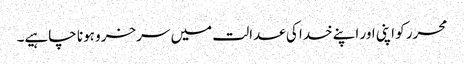
محرر کو اپنی اور اپنے خدا کی عدالت میں سرخرو ہونا چاہیے۔